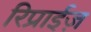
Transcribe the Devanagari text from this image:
रिप्राईज़